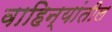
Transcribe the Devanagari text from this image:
वाहिन्यांतील